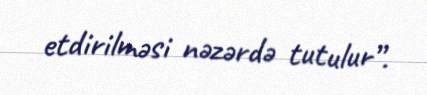
etdirilməsi nəzərdə tutulur”.